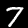
Digit: 7